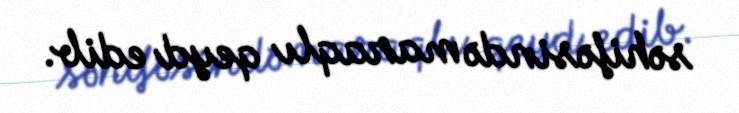
səhifəsində maraqlı qeyd edib.